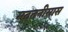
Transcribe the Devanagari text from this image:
मदतनीसास